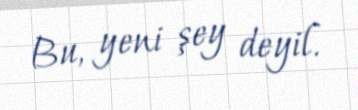
Bu, yeni şey deyil.